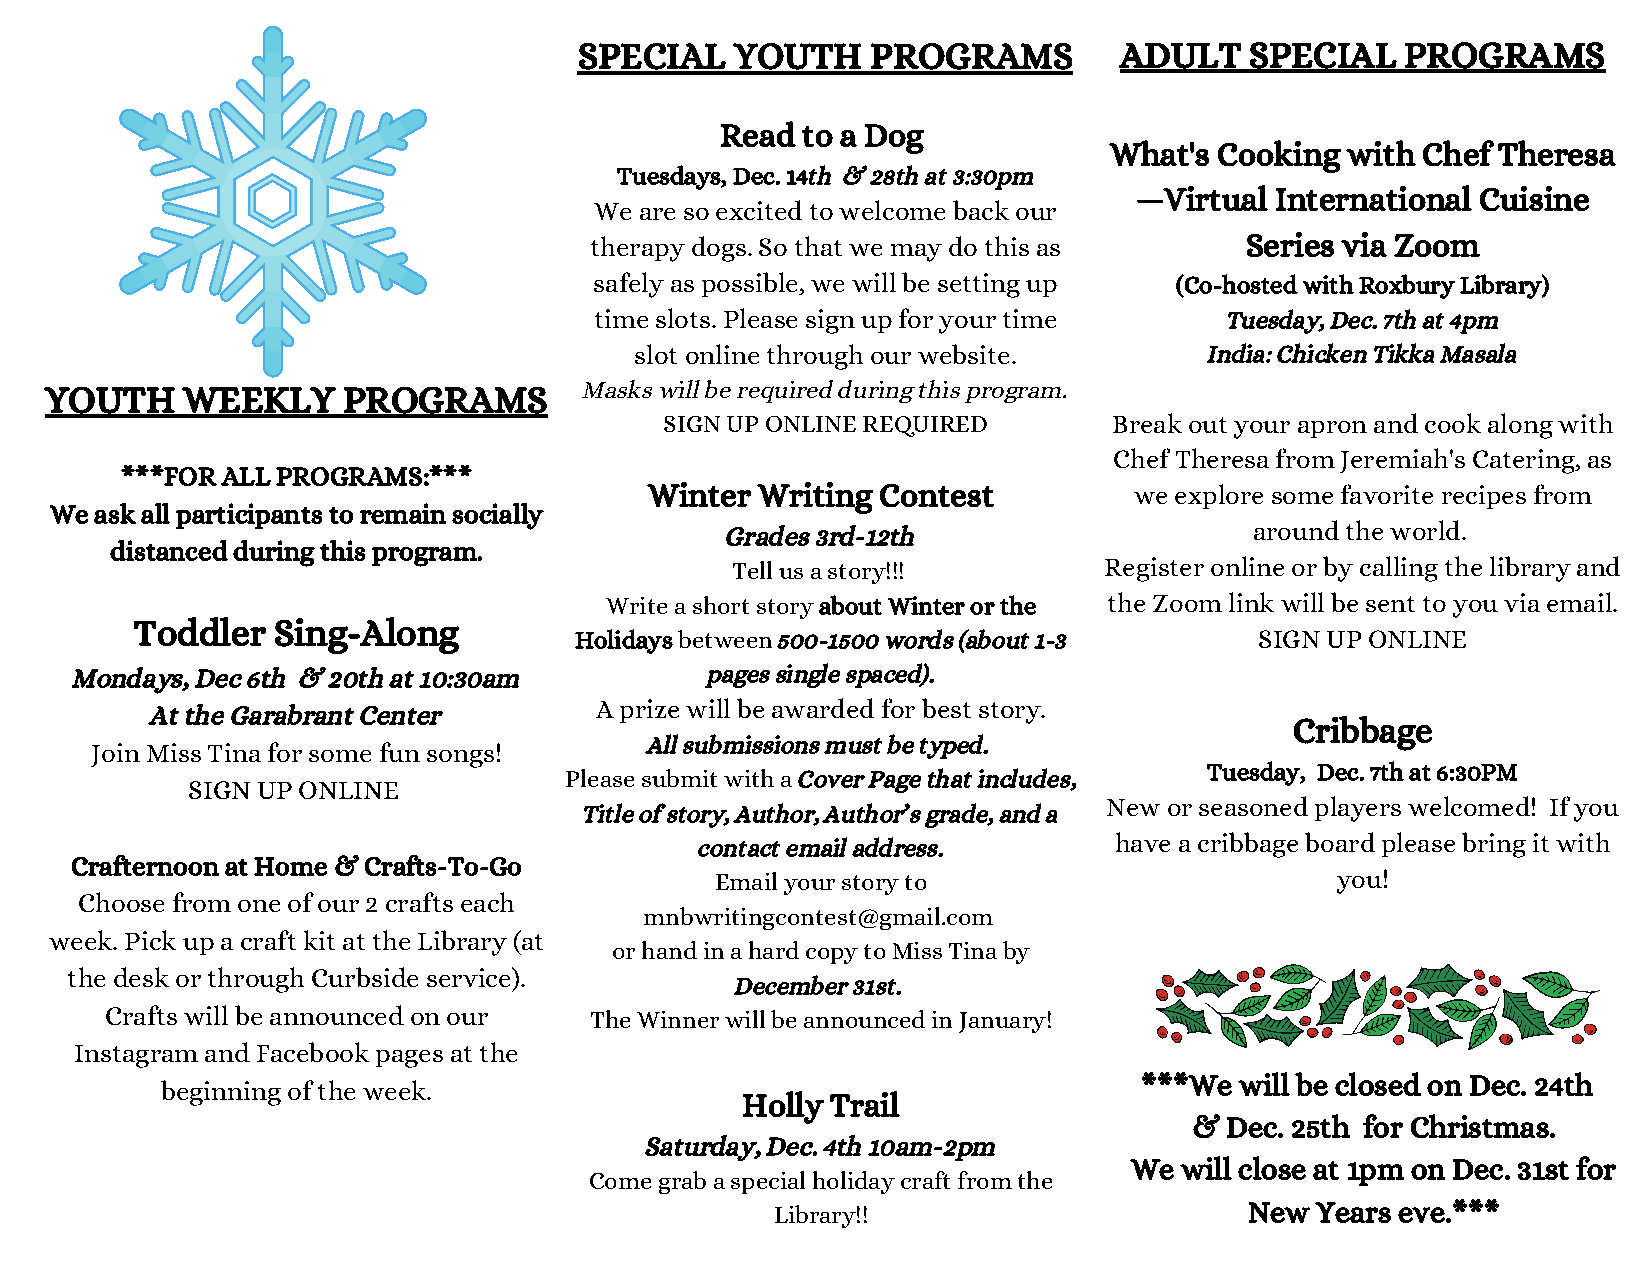
SPECIAL    YOUTH    PROGRAMS        ADULT    SPECIAL   PROGRAMS
 Read to a Dog
 What's  Cooking with Chef Theresa
 Tuesdays, Dec. 14th & 28th at 3:30pm
 —Virtual International Cuisine
 We are so excited to welcome back our
 therapy dogs. So that we may do this as    Series via Zoom
 safely as possible, we will be setting up (Co-hosted with Roxbury Library)
 time slots. Please sign up for your time  Tuesday, Dec. 7th at 4pm
 slot online through our website.      India: Chicken Tikka Masala
 YOUTH    WEEKLY     PROGRAMS        Masks will be required during this program.
 SIGN UP ONLINE REQUIRED       Break out your apron and cook along with
 Chef Theresa from Jeremiah's Catering, as
 ***FOR ALL PROGRAMS:***
 Winter Writi ng Contest         we explore some favorite recipes from
 We ask all participants to remain socially
 Grades 3 rd-12th                   around the world.
 distanced during this program.
 Tell us a story!!!       Register online or by calling the library and
 Write a short story about Winter or the the Zoom link will be sent to you via email.
 Toddler  Sing-Along
 Holidays between 500-1500 words (about 1-3   SIGN UP ONLINE
 Mondays, Dec 6th & 20th at 10:30am        pages single spaced).
 At the Garabrant Center      A prize will be awarded for best story.
 Cribbage
 All submissions must be typed.
 Join Miss Tina for some fun songs!
 Tuesday, Dec. 7th at 6:30PM
 Please submit with a Cover Page that includes,
 SIGN UP ONLINE
 New or seasoned players welcomed! If you
 Title of story, Author, Author’s grade, and a
 contact email address.      have a cribbage board please bring it with
 Crafternoon at Home & Crafts-To-Go
 Email your story to                      you!
 Choose from one of our 2 crafts each
 mnbwritingcontest@gmail.com
 week. Pick up a craft kit at the Library (at
 or hand in a hard copy to Miss Tina by
 the desk or through Curbside service).
 December 31st.
 Crafts will be announced on our The Winner will be announced in January!
 Instagram and Facebook pages at the
 ***We will be closed on Dec. 24th
 beginning of the week.
 Holly Trail
 & Dec. 25th for Christmas.
 Saturday, Dec. 4th 10am-2pm
 We will close at 1pm on Dec. 31st for
 Come grab a special holiday craft from the
 Library!!                       New Years eve.***